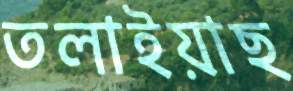
তলাইয়াছ